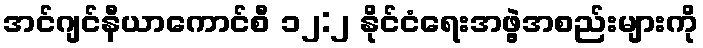
အင်ဂျင်နီယာကောင်စီ ၁၂:၂ နိုင်ငံရေးအဖွဲ့အစည်းများကို